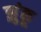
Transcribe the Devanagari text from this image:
झुंकू